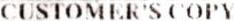
CUSTOMER'S COPY